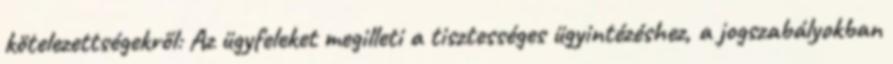
kötelezettségekről: Az ügyfeleket megilleti a tisztességes ügyintézéshez, a jogszabályokban